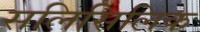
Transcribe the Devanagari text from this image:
सलिसिलिक